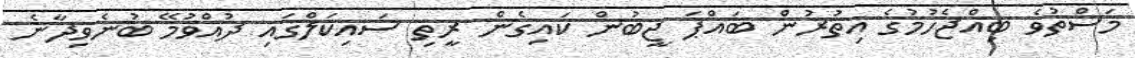
މަސްތުވެ ބިއްޖެހުމުގެ އިތުރުން ބައްޕަ ޖީބުން ކައިގެން ރީތި ސައިކަލްގައި ދުއްވުމޭ ބުނެވިދާނެ